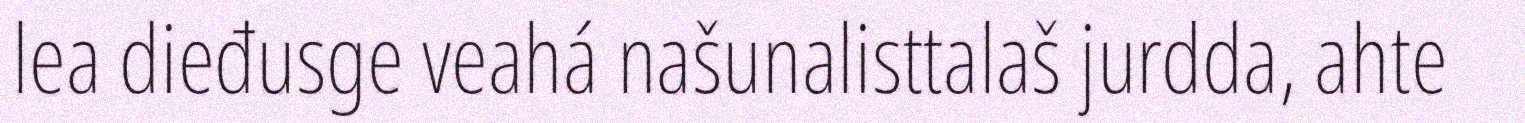
lea dieđusge veahá našunalisttalaš jurdda, ahte